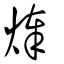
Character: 𤊡